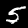
Digit: 5